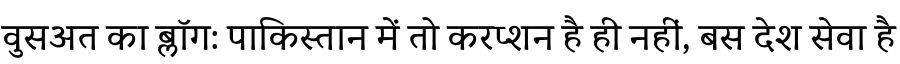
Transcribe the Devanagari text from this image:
वुसअत का ब्लॉग: पाकिस्तान में तो करप्शन है ही नहीं, बस देश सेवा है